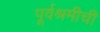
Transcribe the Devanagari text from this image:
पूर्वश्रमीची